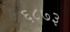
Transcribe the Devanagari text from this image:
६८७३